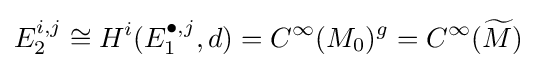
E_{2}^{i,j}\cong H^{i}(E_{1}^{\bullet ,j},d)=C^{\infty }(M_{0})^{g}=C^{\infty }({\widetilde {M}})